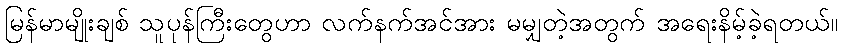
မြန်မာမျိုးချစ် သူပုန်ကြီးတွေဟာ လက်နက်အင်အား မမျှတဲ့အတွက် အရေးနိမ့်ခဲ့ရတယ်။